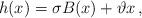
LaTeX: \begin{align*} h(x)= \sigma B(x) +\vartheta x \,, \end{align*}